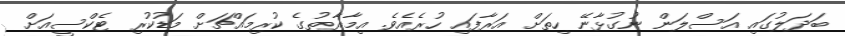
ބަދަލުގައި އަސްލަން ނުގުޅާނޭ ހިތަށް އަރާފައި ހުރެއެވެ. އިމާރާތުގެ ކުރިމައްޗަށް މަޑުކުރި ޓެކްސީއަށް